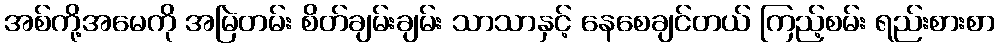
အစ်ကို့အမေကို အမြဲတမ်း စိတ်ချမ်းချမ်း သာသာနှင့် နေစေချင်တယ် ကြည့်စမ်း ရည်းစားစာ